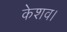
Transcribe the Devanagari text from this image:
केशव।